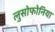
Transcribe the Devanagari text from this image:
लुसोफोनिया